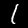
Label: 1